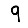
Digit: 9